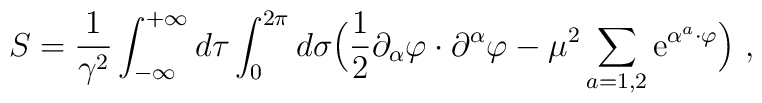
S=\frac{1}{\gamma^2}\int_{-\infty}^{+\infty} d\tau  \int_0^{2\pi}d\sigma\Bigl(\frac{1}{2}\partial_\alpha\varphi\cdot  \partial^\alpha\varphi  -\mu^2\sum_{a=1,2}{\rm e}^{\alpha^a\cdot\varphi}\Bigr) ~,